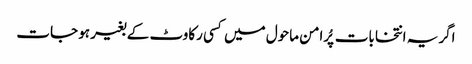
اگر یہ انتخابات پُرامن ماحول میں کسی رکاوٹ کے بغیر ہو جات